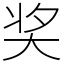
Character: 奖